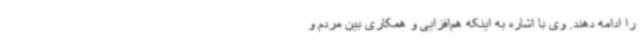
را ادامه دهند. وی با اشاره به اینکه هم‌افزایی و همکاری بین مردم و